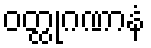
ဝတ္ထုဂဏာနံ